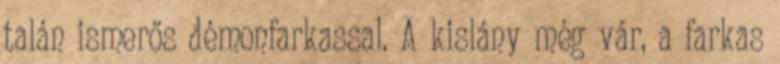
talán ismerős démonfarkassal. A kislány még vár, a farkas